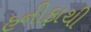
હનીફાથી